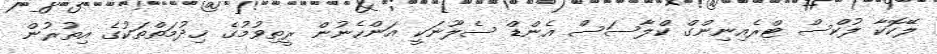
ލޭކޮކާ ލުކްސް ޓްރެއިނިންގް ކްލާސަސް އެންޑް ސެލޫނަކީ އަންހެނުން ރީތިވުމުގެ ޚިދުމަތްތަކުގެ އިތުރުން